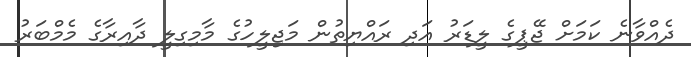
ދެއްވާނެ ކަމަށް ޖޭޕީގެ ލީޑަރު އަދި ރައްޔިތުން މަޖިލީހުގެ މާމިގިލީ ދާއިރާގެ މެމްބަރު